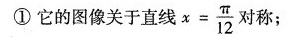
①它的图像关于直线x=\frac{\pi}{12}对称；